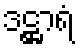
ဒဋ္ဌာရံ